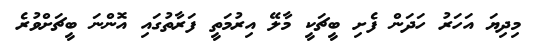
މިދިޔަ އަހަރު ހަދަން ފެށި ބީޗަކީ މާލޭ އިރުމަތީ ފަރާތުގައި އޮންނަ ބީޗަށްވުރެ